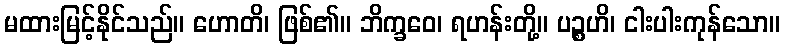
မထားမြင့်နိုင်သည်။ ဟောတိ၊ ဖြစ်၏။ ဘိက္ခဝေ၊ ရဟန်းတို့။ ပဉ္စဟိ၊ ငါးပါးကုန်သော။